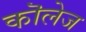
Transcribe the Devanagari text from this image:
कॊलेज